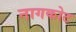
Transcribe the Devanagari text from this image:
नागकोट